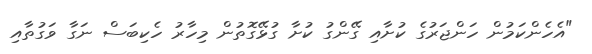
"އެހެންކަމުން ހަންޖަރުގެ ކުށާއި ގޭންގު ކުށާ ގުޅޭގޮތުން މިހާރު ހެކިބަސް ނަގާ ވަގުތާއި